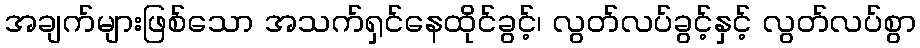
အချက်များဖြစ်သော အသက်ရှင်နေထိုင်ခွင့်၊ လွတ်လပ်ခွင့်နှင့် လွတ်လပ်စွာ